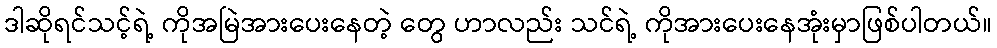
ဒါဆိုရင်သင့်ရဲ့ ကိုအမြဲအားပေးနေတဲ့ တွေ ဟာလည်း သင်ရဲ့ ကိုအားပေးနေအုံးမှာဖြစ်ပါတယ်။